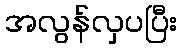
အလွန်လှပပြီး